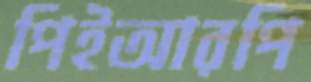
পিইআরপি